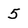
Character: 5